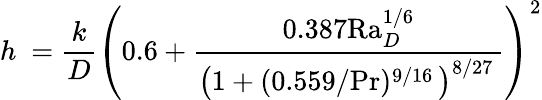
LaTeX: h\ ={\frac{k}{D}}\left({0.6+{\frac{0.387\mathrm{Ra}_{D}^{1/6}}{\left(1+(0.559/\mathrm{Pr})^{9/16}\, \right)^{8/27}\, }}}\right)^{2}